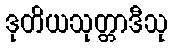
ဒုတိယသုတ္တာဒီသု